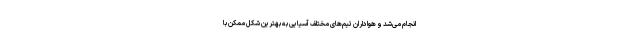
انجام می‌شد و هواداران تیم‌های مختلف آسیایی به بهترین شکل ممکن با